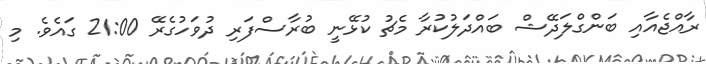
ރާއްޖެއާއި ބަންގްލަދޭޝް ބައްދަލުކުރާ މެޗު ކުޅޭނީ ބުރާސްފަރި ދުވަހުގެރޭ 21:00 ގައެވެ. މި